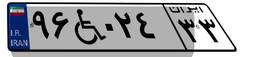
۹۶W۰۲۴۳۳